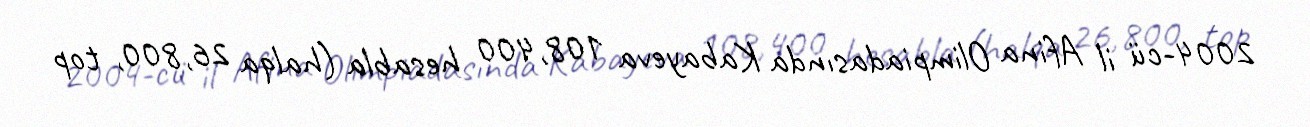
2004-cü il Afina Olimpiadasında Kabayeva 108,400 hesabla (halqa 26,800, top